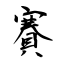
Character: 賽